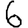
Digit: 6